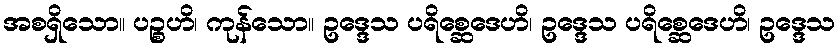
အစရှိသော။ ပဉ္စဟိ၊ ကုန်သော။ ဥဒ္ဒေသ ပရိစ္ဆေဒေဟိ၊ ဥဒ္ဒေသ ပရိစ္ဆေဒေဟိ၊ ဥဒ္ဒေသ